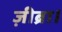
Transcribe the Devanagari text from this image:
ज़ीब्रा।